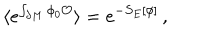
LaTeX: \langle e ^ { \int _ { \partial M } \phi _ { 0 } { \cal O } } \rangle = e ^ { - S _ { E } [ \phi ] } \, ,